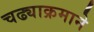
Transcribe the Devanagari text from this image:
चढ्याक्रमाने